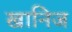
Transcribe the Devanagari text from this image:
खानिज